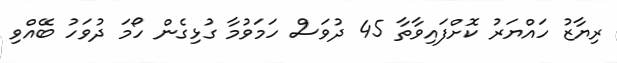
ރިޔާޒު ހައްޔަރު ކޮށްފައިވާތާ 45 ދުވަސް ހަމަވުމާ ގުޅިގެން ހޯމަ ދުވަހު ބޭއްވި